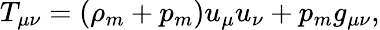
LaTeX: T_{\mu\nu}=(\rho_{m}+p_{m})u_{\mu}u_{\nu}+p_{m}g_{\mu\nu},